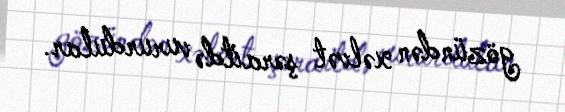
gözündən xəlvət şəraitdə vururdular.